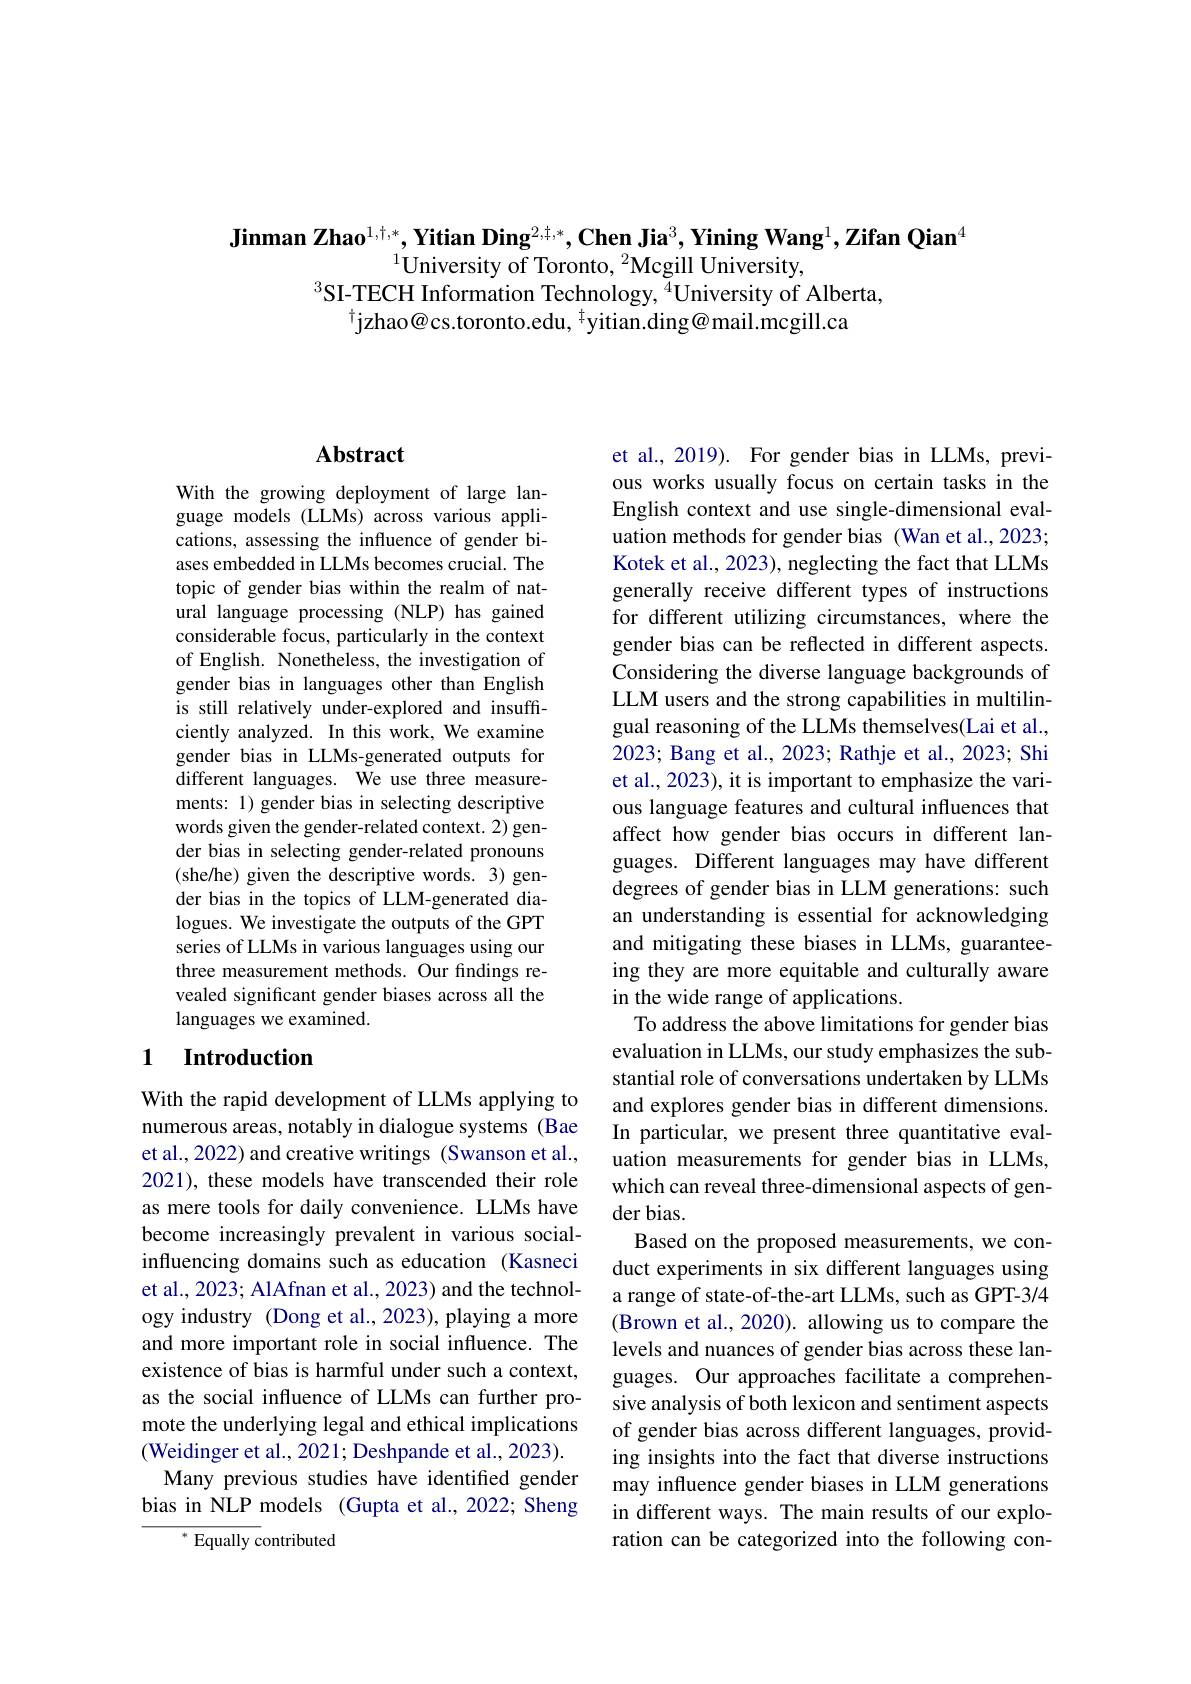
$\textbf{Jinman Zhao}^{1,\dagger,*},\textbf{Yitian Ding}^{2,\dagger,*},\textbf{Chen Jia}^3,\textbf{Yining Wang}^1,\textbf{Zifan Qian}^4$
$^{1}$University of Toronto, $^2$Mcgill University,
$^{3}$SI-TECH Information Technology, $^{4}$University of Alberta,
$^{\dagger}$jzhao@cs.toronto.edu, $^{\dagger}$yitian.ding@mail.mcgill.ca

## $\mathbf{Abstract}$

With the growing deployment of large language models (LLMs) across various applications, assessing the influence of gender biases embedded in LLMs becomes crucial. The topic of gender bias within the realm of natural language processing (NLP) has gained considerable focus, particularly in the context of English. Nonetheless, the investigation of gender bias in languages other than English is still relatively under-explored and insufficiently analyzed. In this work, We examine gender bias in LLMs-generated outputs for different languages. We use three measurements: 1) gender bias in selecting descriptive words given the gender-related context. 2) gender bias in selecting gender-related pronouns (she/he) given the descriptive words. 3) gender bias in the topics of LLM-generated dialogues. We investigate the outputs of the GPT series of LLMs in various languages using our three measurement methods. Our findings revealed significant gender biases across all the languages we examined.

## 1 Introduction

With the rapid development of LLMs applying to numerous areas, notably in dialogue systems (Bae et al., 2022) and creative writings (Swanson et al., 2021), these models have transcended their role as mere tools for daily convenience. LLMs have become increasingly prevalent in various socialinfluencing domains such as education (Kasneci et al., 2023; AlAfnan et al., 2023) and the technology industry (Dong et al., 2023), playing a more and more important role in social influence. The existence of bias is harmful under such a context, as the social influence of LLMs can further promote the underlying legal and ethical implications (Weidinger et al., 2021; Deshpande et al., 2023).
Many previous studies have identified gender bias in NLP models (Gupta et al., 2022; Sheng

$^{*}$Equally contributed

et al., 2019). For gender bias in LLMs, previous works usually focus on certain tasks in the English context and use single-dimensional evaluation methods for gender bias (Wan et al., 2023; Kotek et al., 2023), neglecting the fact that LLMs generally receive different types of instructions for different utilizing circumstances, where the gender bias can be reflected in different aspects. Considering the diverse language backgrounds of LLM users and the strong capabilities in multilingual reasoning of the LLMs themselves(Lai et al., 2023; Bang et al., 2023; Rathje et al., 2023; Shi et al., 2023), it is important to emphasize the various language features and cultural influences that affect how gender bias occurs in different languages. Different languages may have different degrees of gender bias in LLM generations: such an understanding is essential for acknowledging and mitigating these biases in LLMs, guaranteeing they are more equitable and culturally aware in the wide range of applications.
To address the above limitations for gender bias evaluation in LLMs, our study emphasizes the substantial role of conversations undertaken by LLMs and explores gender bias in different dimensions. In particular, we present three quantitative evaluation measurements for gender bias in LLMs, which can reveal three-dimensional aspects of gender bias.
Based on the proposed measurements, we conduct experiments in six different languages using a range of state-of-the-art LLMs, such as GPT-3/4 (Brown et al., 2020). allowing us to compare the levels and nuances of gender bias across these languages. Our approaches facilitate a comprehensive analysis of both lexicon and sentiment aspects of gender bias across different languages, providing insights into the fact that diverse instructions may influence gender biases in LLM generations in different ways. The main results of our exploration can be categorized into the following con-